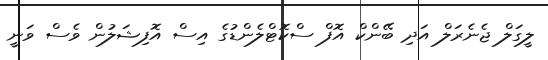
ލީގަލް ޖެނެރަލް އަދި ބޭންކް އޮފް ސްކޮޓްލެންޑުގެ އިސް އޮފިޝަލުން ވެސް ވަނީ